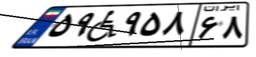
۵۹W۹۵۸۶۸